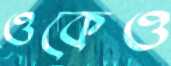
ওকেও